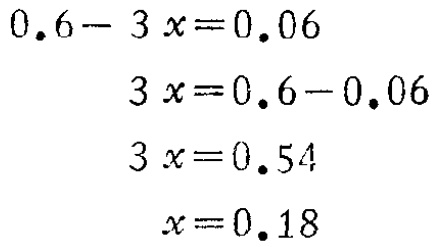
\[

\begin{align*}

0.6 - 3x&=0.06\\

3x&=0.6 - 0.06\\

3x&=0.54\\

x&=0.18

\end{align*}

\]